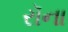
રૉના